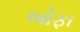
બોફા